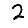
Digit: 2